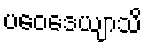
ပဝေဒေယျာသိ